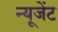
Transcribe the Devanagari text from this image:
न्यूजेंट